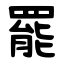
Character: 罷